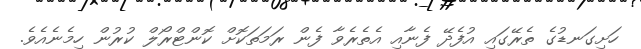
ހަށިގަނޑުގެ ތެރޭގައި އުފެދޭ ފެނާއި އެތެރެވާ ފެން ރަމަތަކޮށް ކޮންޓްރޯލް ކުރުން ހިމެނެއެވެ.